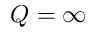
Q = \infty